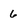
Character: 6